65_HS1-834228961_62-HQ-83894_SUB_A
Agency: FBI
Page 102
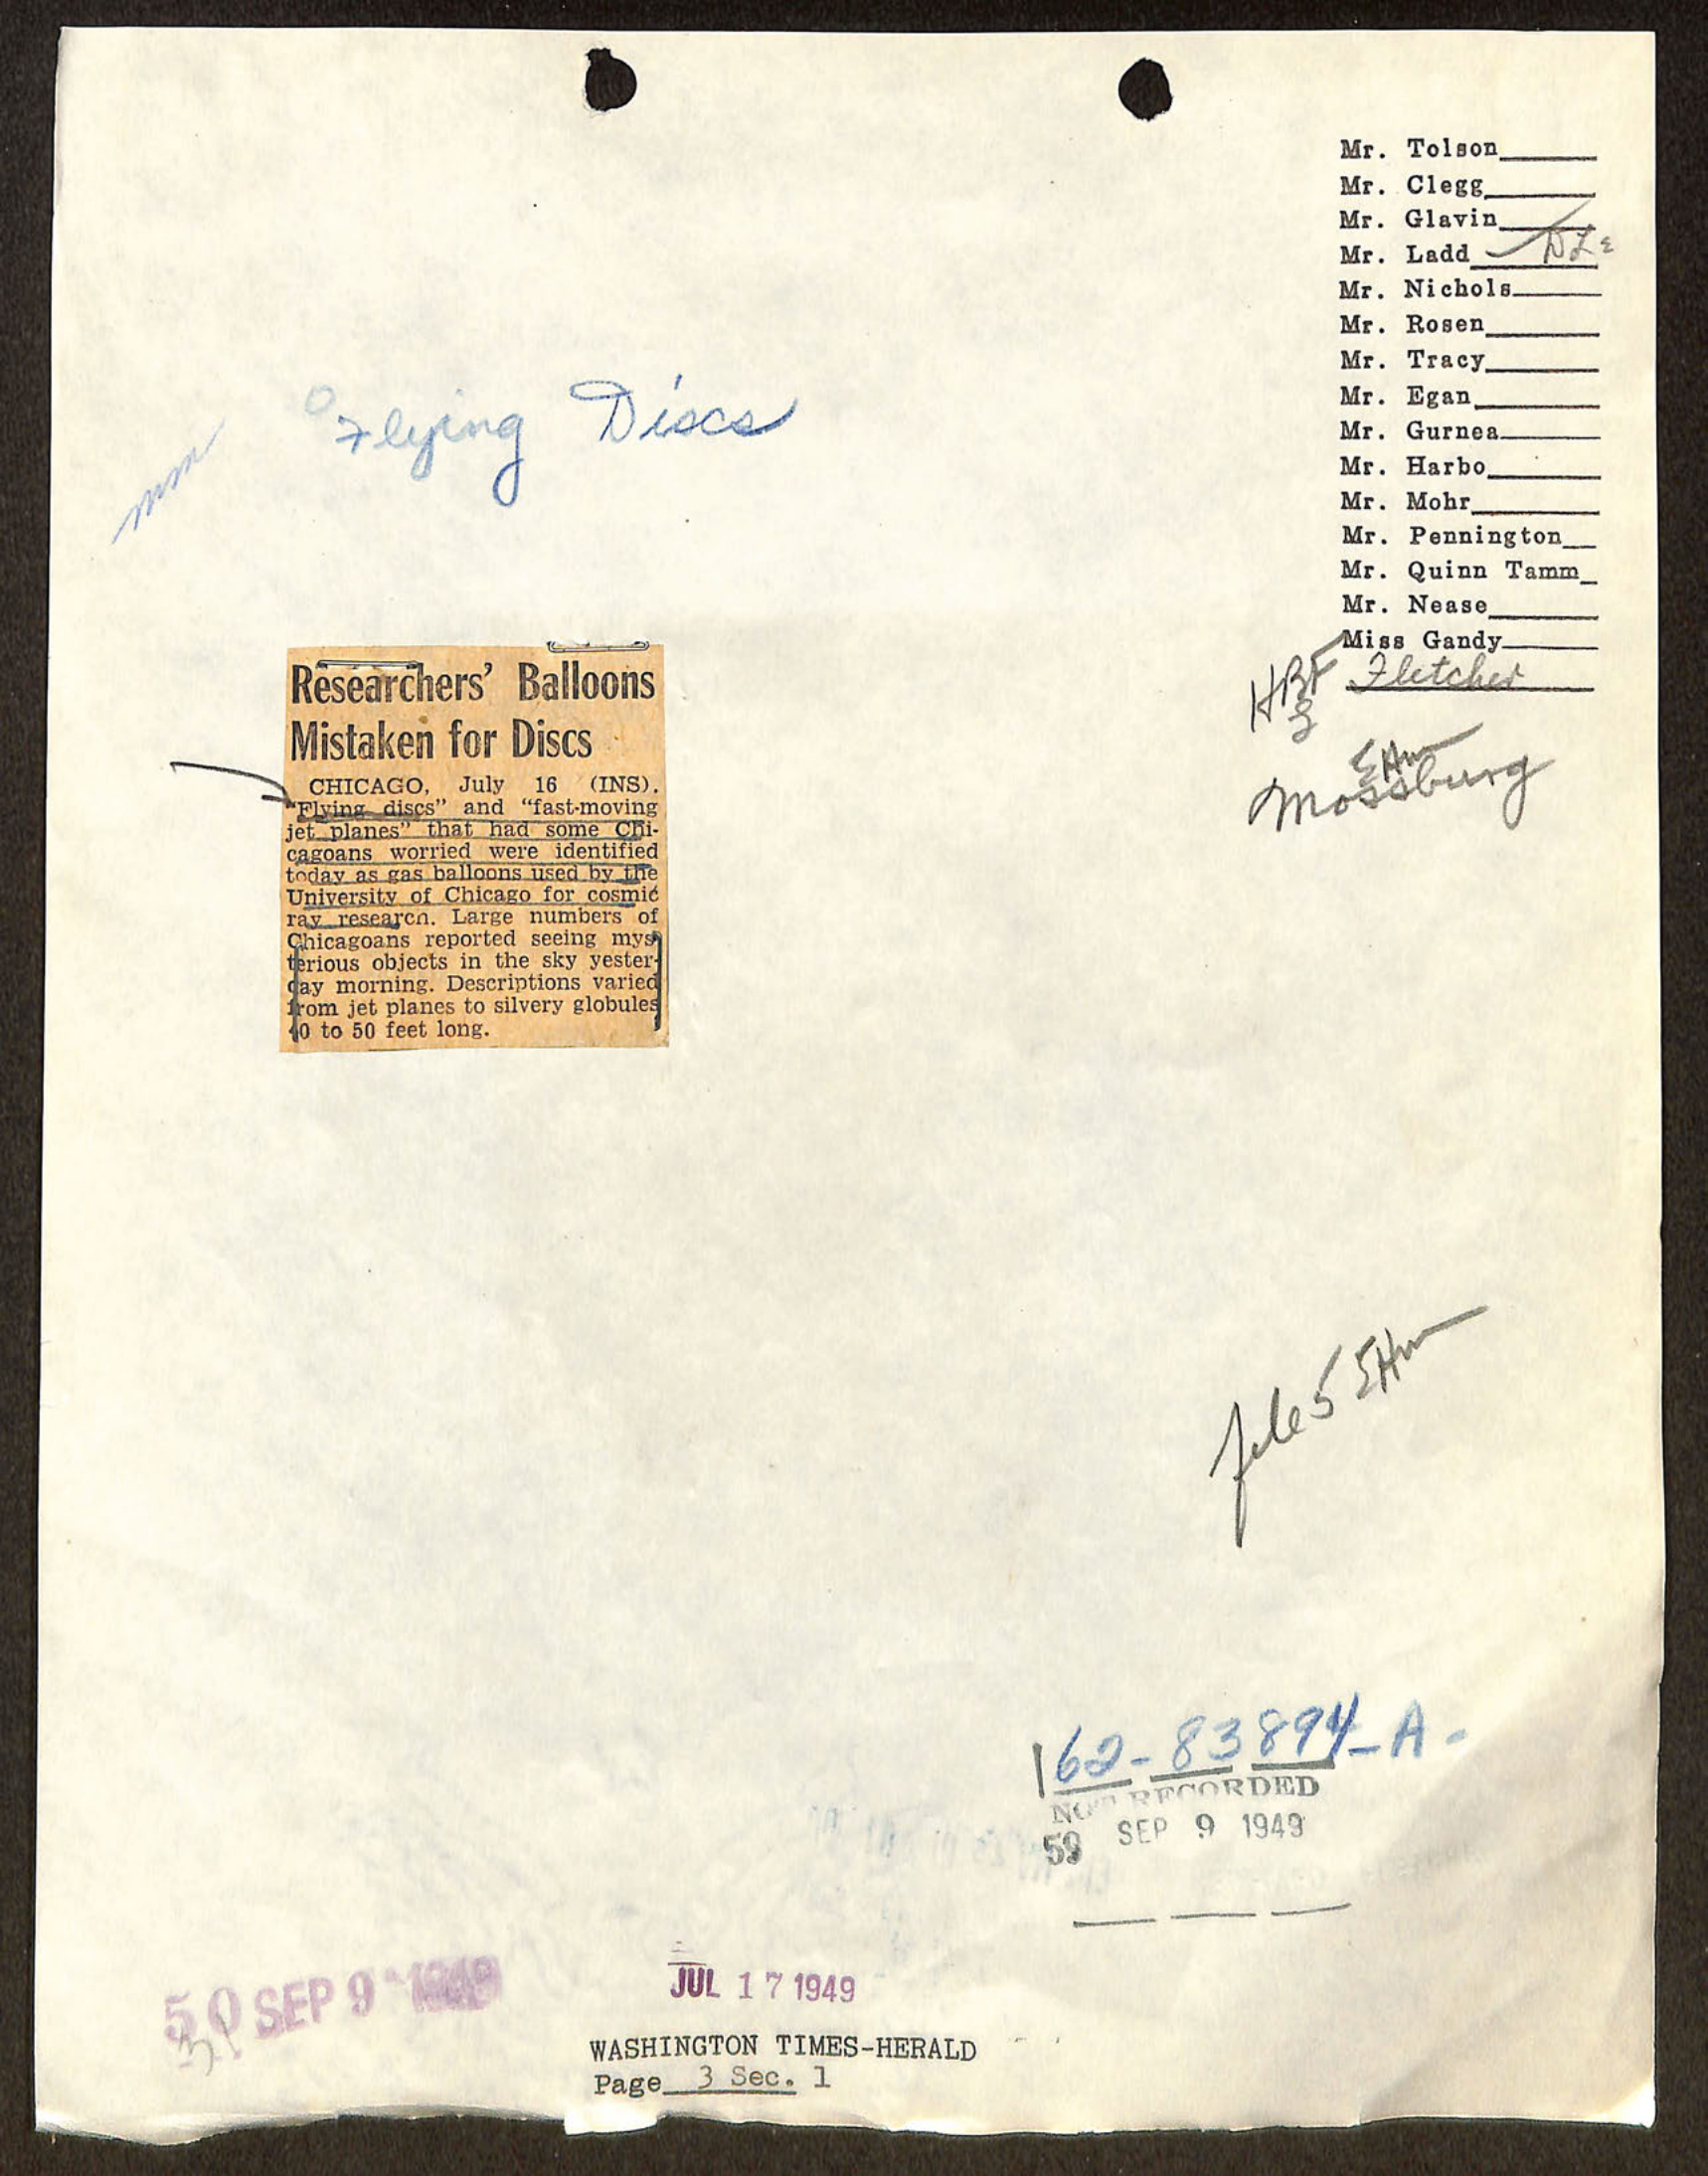